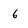
Character: 6